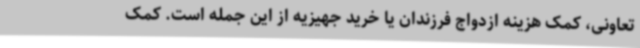
تعاونی، کمک هزینه ازدواج فرزندان یا خرید جهیزیه از این جمله است. کمک